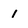
Character: 1